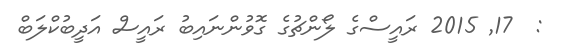
:  17